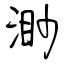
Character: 渺